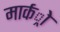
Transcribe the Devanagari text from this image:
मार्कर्ो